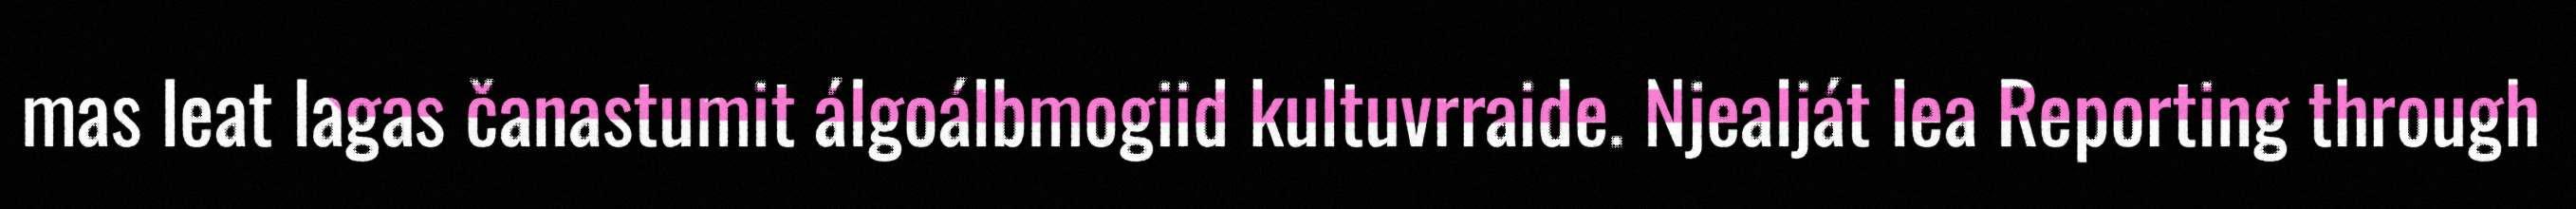
mas leat lagas čanastumit álgoálbmogiid kultuvrraide. Njealját lea Reporting through